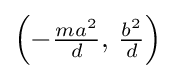
\left(-{\tfrac {ma^{2}}{d}},\,{\tfrac {b^{2}}{d}}\right)